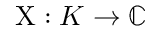
\mathrm { X } : K \rightarrow \mathbb { C }